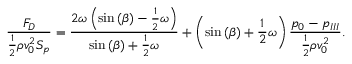
\frac { F _ { D } } { \frac { 1 } { 2 } \rho v _ { 0 } ^ { 2 } S _ { p } } = \frac { 2 \omega \left( \sin { ( \beta ) } - \frac { 1 } { 2 } \omega \right) } { \sin { ( \beta ) } + \frac { 1 } { 2 } \omega } + \left( \sin { ( \beta ) } + \frac { 1 } { 2 } \omega \right) \frac { { p _ { 0 } } - { p _ { I I I } } } { \frac { 1 } { 2 } \rho v _ { 0 } ^ { 2 } } .